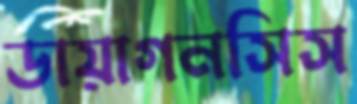
ডায়াগনসিস